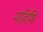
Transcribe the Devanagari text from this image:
महिषि